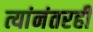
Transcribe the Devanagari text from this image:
त्यांनंतरही